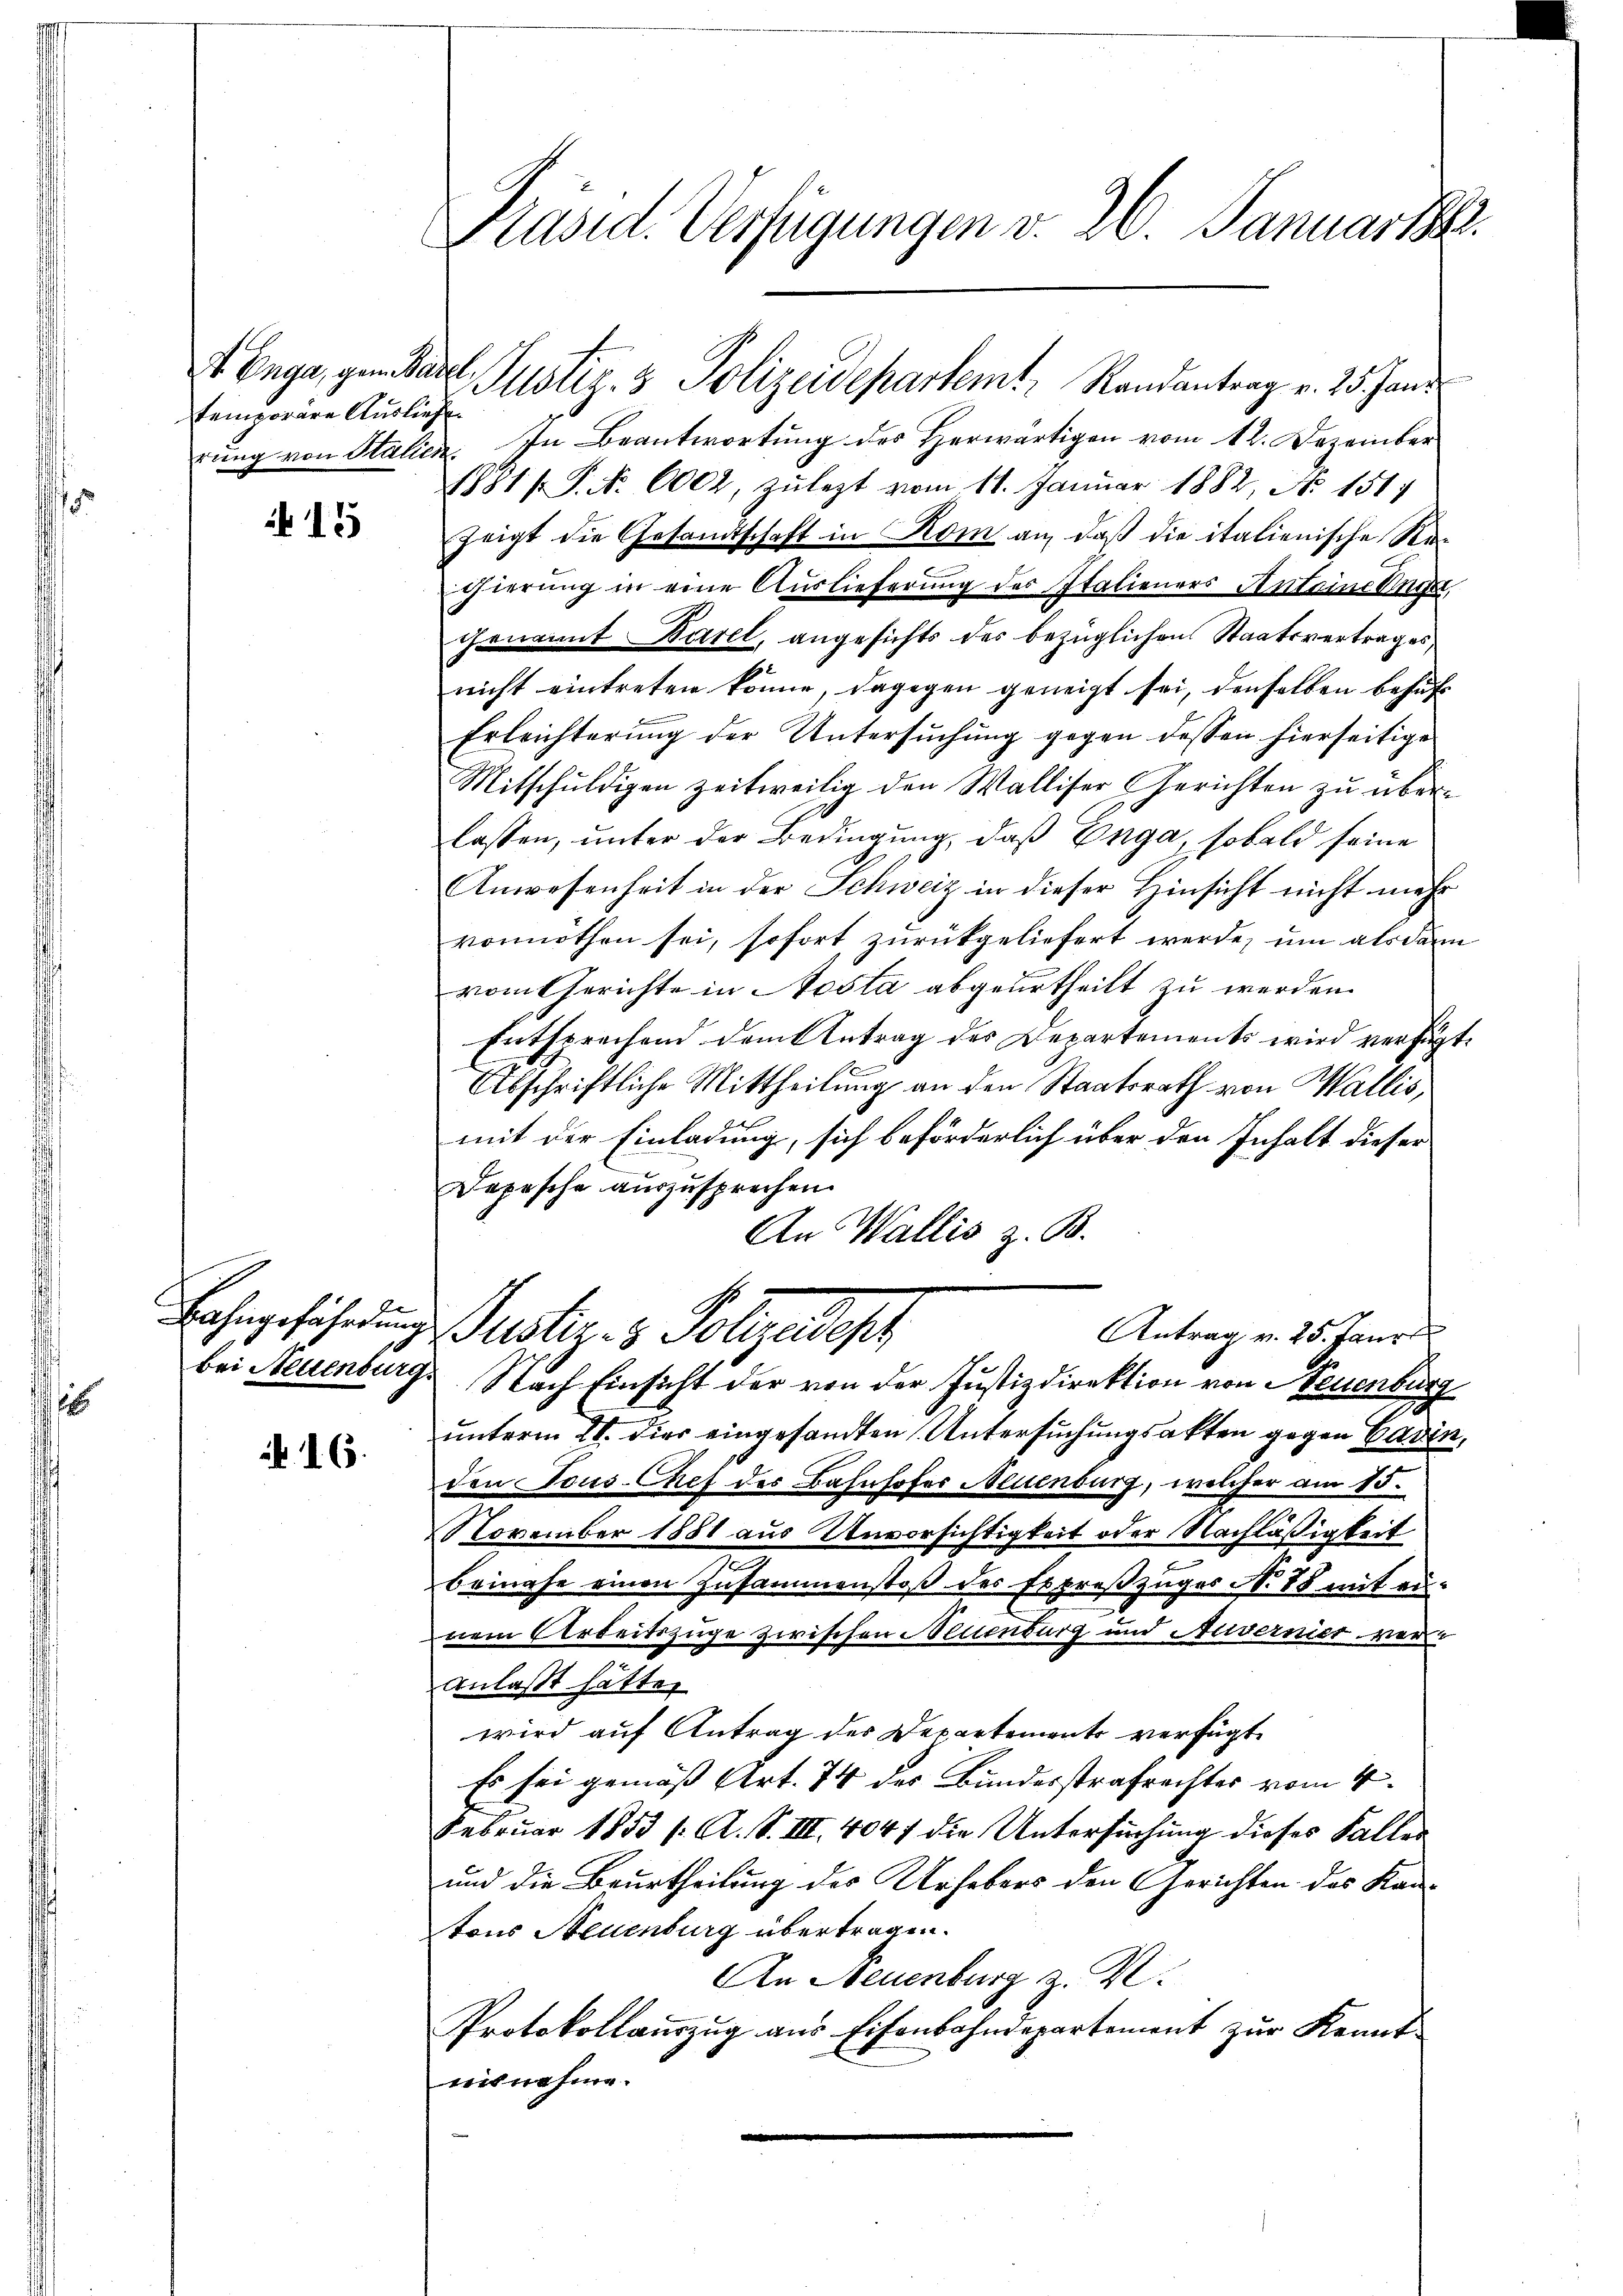
s

d. Enga, gene Kadel,
temporäre Ausliefe

15

. 165.

Präsid. Verfügungen v. 26. Januar 18

rung von Stalien. In Beantwortung des Herwärtigen vom 12. Dezember
1881 f. P. Nr. 6002, zulezt vom 11. Januar 1882, No 151;
zeigt die Gesandtschaft in Rom an, daß die italienische Regierung in eine Auslieferung des Italieners Anteine Knie,
genannt Barel, angesichts des bezüglichen Staatsvertrages
nicht eintreten könne, dagegen geneigt sei, denselben behuf
Erleichterŭng der Untersŭchŭng gegen dessen hierseitige
Mitschuldigen zeitweilig den Walliser Gerichten zu überlassen, unter der Bedingung, daß Enga, sobald seine
Anwesenheit in der Schweiz in dieser Hinsicht nicht mehr
vonnöthen sei, sofort zurückgeliefert werde, um als dann
vom Gerichte in Nesta abgeurtheilt zu werden.
Entsprechend dem Antrag des Departements wird verfügt:
Abschriftliche Mittheilung an den Staatsrath von Wallis,
mit der Einladung, sich beförderlich über den Inhalt dieser
Depesche auszusprechen.
An Wallis z. B.
.
Bahngefährdung Gustiz- & Polizeidest
Antrag v. 25. Janr
bei Neuenburg. Nach Einsicht der von der Justizdirektion von Neuenburg
unterm 28. dies eingesandten Untersuchungsakten gegen Cadin,
den Tous-Chef der Bahnhofer Neuenburg, welcher am 15.
November 1881 aus Unvorsichtigkeit oder Nachläßigkeit
Beinahe einen Zusammenstoß des Expreßzuges No 88 mit einnem Arbeitszuge zwischen Neuenburg und Anvernier werde
anlasst hätten
wird auf Antrag des Departements verfügt
Es sei gemäß Art. 74 des Bundesstrafrechtes vom 4.
Februar 1853 /: A. S. III. 4047 die Untersuchung dieses Faller
und die Beurtheilung des Urhebers den Gerichten des Kantons Neuenburg übertragen.
An Neuenburg z. K.
Protokollauszug aus Eisenbahndepartement zur Kennt
nisnahme.

Justiz- & Polizeidepartem Randantrag v. 25. Jani